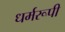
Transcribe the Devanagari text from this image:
धर्मरूपी